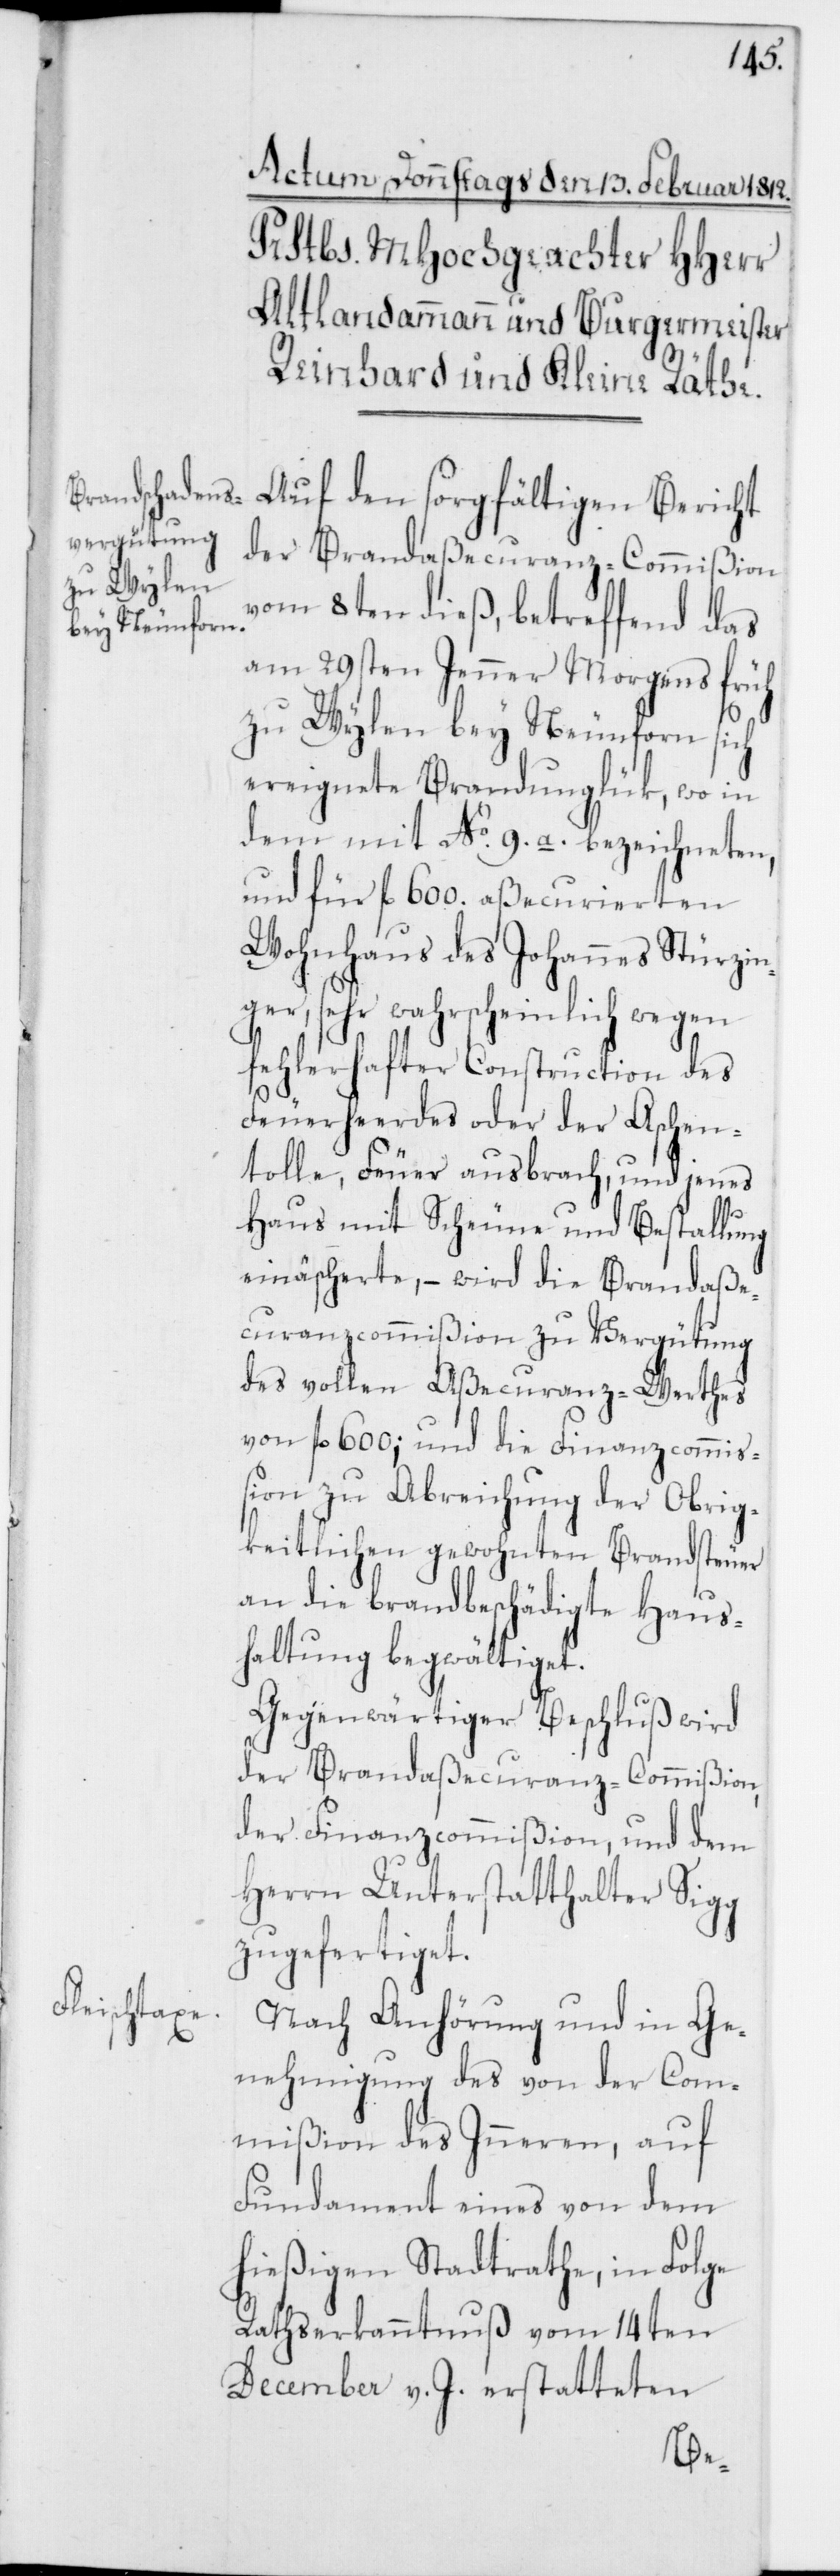
Auf den sorgfältigen Bericht
der Brandaßecuranz-Commißion
vom 8ten dieß, betreffend das
am 29sten Jenner Morgens früh
zu Wylen bey Neunforn sich
ereignete Brandunglük, wo in
dem mit No. 9.a. bezeichneten
und für fl. 600. aßecurierten
Wohnhaus des Johannes Stürzin¬
ger, sehr wahrscheinlich wegen
fehlerhafter Construction des
Feuerheerdes oder der Aschen¬
tolle, Feuer ausbrach, und jenes
Haus mit Scheune und Bestallung
einäscherte, – wird die Brandaße¬
curanzcommißion zu Vergütung
des vollen Aßecuranz-Werthes
von fl. 600; und die Finanzcommiß¬
ion zu Abreichung der Obrig¬
keitlichen gewohnten Brandsteuer
an die brandbeschädigte Haus¬
haltung begwältiget.
Gegenwärtiger Beschluß wird
der Brandaßecuranz-Commißion,
der Finanzcommißion, und dem
Herrn Unterstatthalter Sigg
zugefertiget.
Nach Anhörung und in Ge¬
nehmigung des von der Com¬
mißion des Inneren, auf
Fundament eines von dem
hießigen Stadtrathe, in Folge
Rathserkanntnuß vom 14ten
December v. J. erstatteten